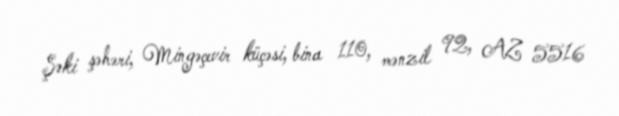
Şəki şəhəri, Mingəçevir küçəsi, bina 110, mənzil 92, AZ 5516